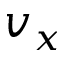
v _ { x }